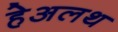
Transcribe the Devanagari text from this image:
हेअलथ